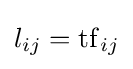
l_{ij}=\mathrm {tf} _{ij}